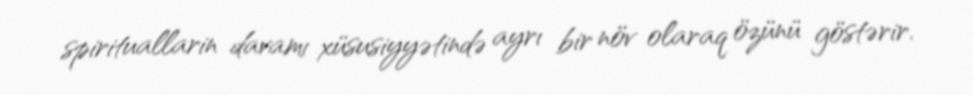
spirituallarin davamı xüsusiyyətində ayrı bir növ olaraq özünü göstərir.